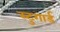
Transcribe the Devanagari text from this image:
स्टुगार्ड